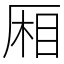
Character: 厢